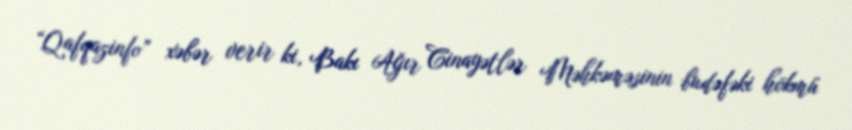
“Qafqazinfo” xəbər verir ki, Bakı Ağır Cinayətlər Məhkəməsinin budəfəki hökmü